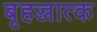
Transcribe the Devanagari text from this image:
बृहज्जात्क